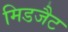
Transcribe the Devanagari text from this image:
मिडजैट